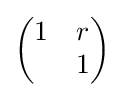
{\begin{pmatrix}1&r\\&1\\\end{pmatrix}}